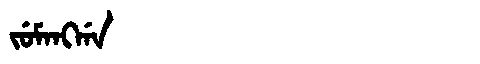
Manchu: ᠵᡠᠮᠠᠩᡤᠠ
Romanization: JUMANGGA